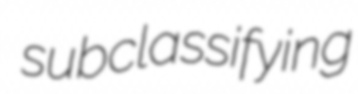
subclassifying